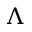
\boldsymbol { \Lambda }